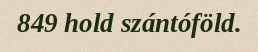
849 hold szántóföld.